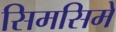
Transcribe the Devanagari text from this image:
सिमसिमे